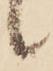
候